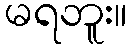
မရဘူး။